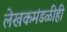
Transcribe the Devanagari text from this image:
लेखकमंडळीही